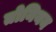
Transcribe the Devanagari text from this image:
तोनियन